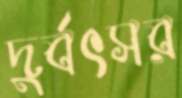
দুর্বৎসর